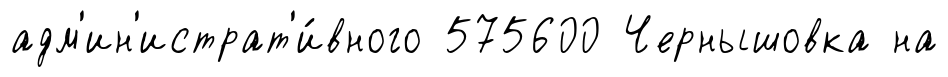
адм'ин'истрат'и́вного 575600 Чернышовка на